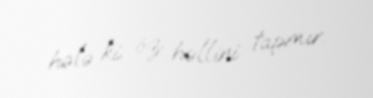
hələ ki öz həllini tapmır.